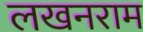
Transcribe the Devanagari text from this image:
लखनराम